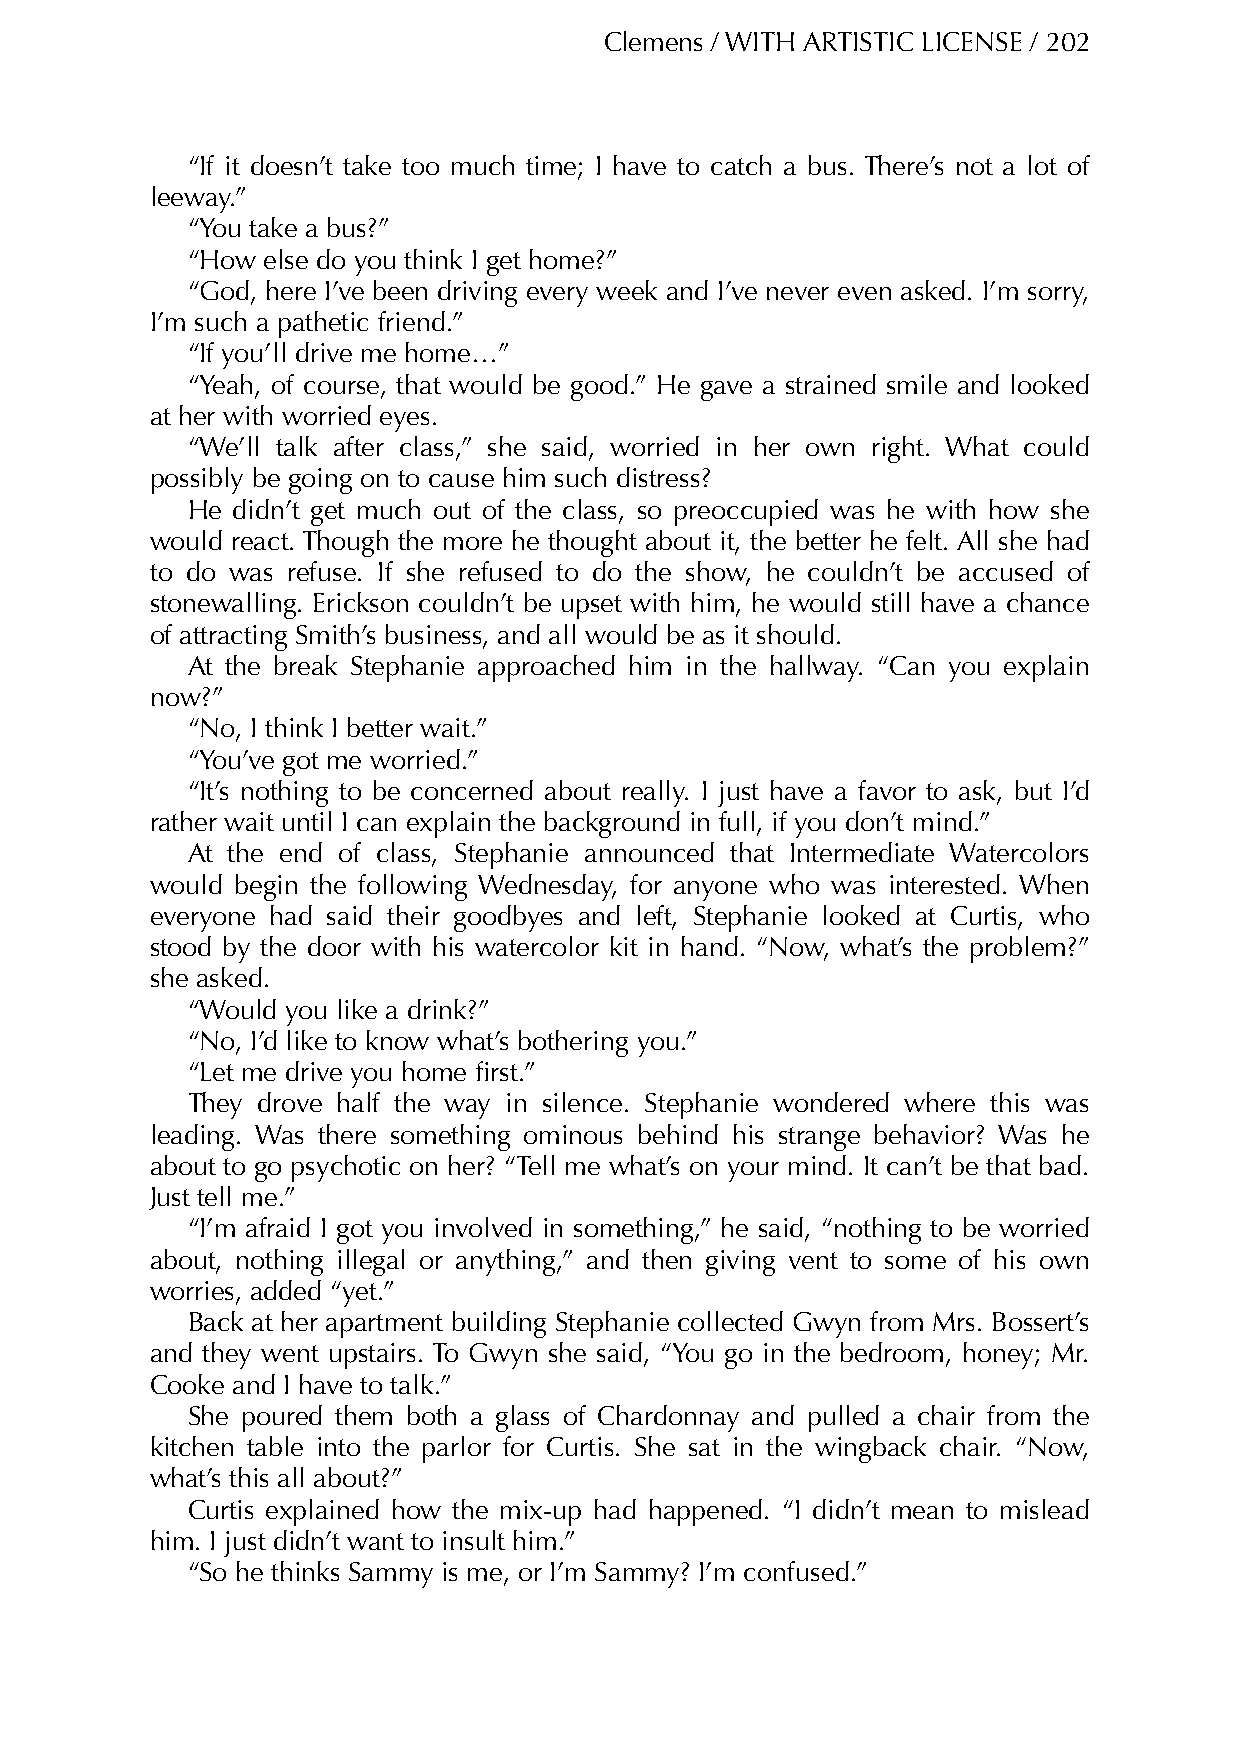
Clemens / WITH ARTISTIC LICENSE / 202
 “If it doesn’t take too much time; I have to catch a bus. There’s not a lot of
 leeway.”
 “You take a bus?”
 “How else do you think I get home?”
 “God, here I’ve been driving every week and I’ve never even asked. I’m sorry,
 I’m such a pathetic friend.”
 “If you’ll drive me home…”
 “Yeah, of course, that would be good.” He gave a strained smile and looked
 at her with worried eyes.
 “We’ll talk after class,” she said, worried in her own right. What could
 possibly be going on to cause him such distress?
 He didn’t get much out of the class, so preoccupied was he with how she
 would react. Though the more he thought about it, the better he felt. All she had
 to do was refuse. If she refused to do the show, he couldn’t be accused of
 stonewalling. Erickson couldn’t be upset with him, he would still have a chance
 of attracting Smith’s business, and all would be as it should.
 At the break Stephanie approached him in the hallway. “Can you explain
 now?”
 “No, I think I better wait.”
 “You’ve got me worried.”
 “It’s nothing to be concerned about really. I just have a favor to ask, but I’d
 rather wait until I can explain the background in full, if you don’t mind.”
 At the end of class, Stephanie announced that Intermediate Watercolors
 would begin the following Wednesday, for anyone who was interested. When
 everyone had said their goodbyes and left, Stephanie looked at Curtis, who
 stood by the door with his watercolor kit in hand. “Now, what’s the problem?”
 she asked.
 “Would you like a drink?”
 “No, I’d like to know what’s bothering you.”
 “Let me drive you home first.”
 They drove half the way in silence. Stephanie wondered where this was
 leading. Was there something ominous behind his strange behavior? Was he
 about to go psychotic on her? “Tell me what’s on your mind. It can’t be that bad.
 Just tell me.”
 “I’m afraid I got you involved in something,” he said, “nothing to be worried
 about, nothing illegal or anything,” and then giving vent to some of his own
 worries, added “yet.”
 Back at her apartment building Stephanie collected Gwyn from Mrs. Bossert’s
 and they went upstairs. To Gwyn she said, “You go in the bedroom, honey; Mr.
 Cooke and I have to talk.”
 She poured them both a glass of Chardonnay and pulled a chair from the
 kitchen table into the parlor for Curtis. She sat in the wingback chair. “Now,
 what’s this all about?”
 Curtis explained how the mix-up had happened. “I didn’t mean to mislead
 him. I just didn’t want to insult him.”
 “So he thinks Sammy is me, or I’m Sammy? I’m confused.”